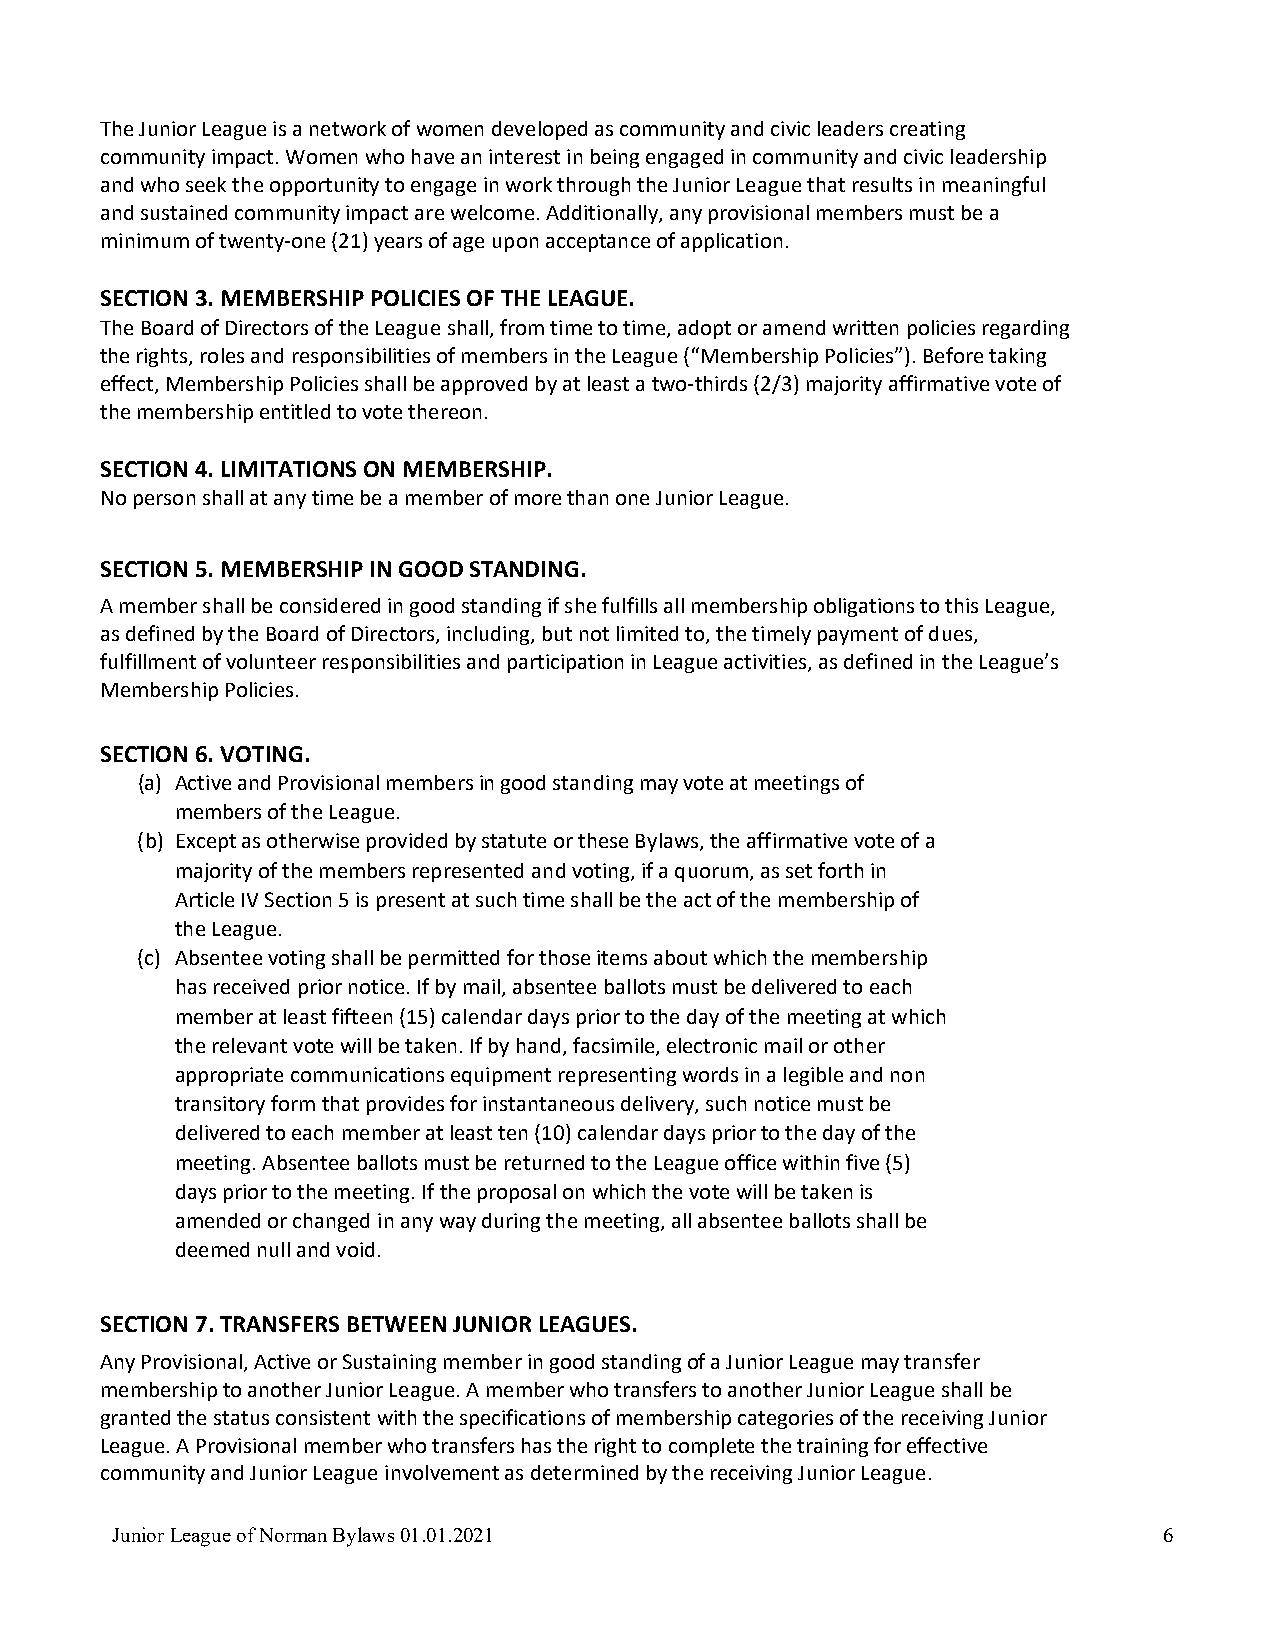
The Junior League is a network of women developed as community and civic leaders creating
 community impact. Women who have an interest in being engaged in community and civic leadership
 and who seek the opportunity to engage in work through the Junior League that results in meaningful
 and sustained community impact are welcome. Additionally, any provisional members must be a
 minimum of twenty-one (21) years of age upon acceptance of application.
 SECTION 3. MEMBERSHIP POLICIES OF THE LEAGUE.
 The Board of Directors of the League shall, from time to time, adopt or amend written policies regarding
 the rights, roles and responsibilities of members in the League (“Membership Policies”). Before taking
 effect, Membership Policies shall be approved by at least a two-thirds (2/3) majority affirmative vote of
 the membership entitled to vote thereon.
 SECTION 4. LIMITATIONS ON MEMBERSHIP.
 No person shall at any time be a member of more than one Junior League.
 SECTION 5. MEMBERSHIP IN GOOD STANDING.
 A member shall be considered in good standing if she fulfills all membership obligations to this League,
 as defined by the Board of Directors, including, but not limited to, the timely payment of dues,
 fulfillment of volunteer responsibilities and participation in League activities, as defined in the League’s
 Membership Policies.
 SECTION 6. VOTING.
 (a) Active and Provisional members in good standing may vote at meetings of
 members of the League.
 (b) Except as otherwise provided by statute or these Bylaws, the affirmative vote of a
 majority of the members represented and voting, if a quorum, as set forth in
 Article IV Section 5 is present at such time shall be the act of the membership of
 the League.
 (c) Absentee voting shall be permitted for those items about which the membership
 has received prior notice. If by mail, absentee ballots must be delivered to each
 member at least fifteen (15) calendar days prior to the day of the meeting at which
 the relevant vote will be taken. If by hand, facsimile, electronic mail or other
 appropriate communications equipment representing words in a legible and non
 transitory form that provides for instantaneous delivery, such notice must be
 delivered to each member at least ten (10) calendar days prior to the day of the
 meeting. Absentee ballots must be returned to the League office within five (5)
 days prior to the meeting. If the proposal on which the vote will be taken is
 amended or changed in any way during the meeting, all absentee ballots shall be
 deemed null and void.
 SECTION 7. TRANSFERS BETWEEN JUNIOR LEAGUES.
 Any Provisional, Active or Sustaining member in good standing of a Junior League may transfer
 membership to another Junior League. A member who transfers to another Junior League shall be
 granted the status consistent with the specifications of membership categories of the receiving Junior
 League. A Provisional member who transfers has the right to complete the training for effective
 community and Junior League involvement as determined by the receiving Junior League.
 Junior League of Norman Bylaws 01.01.2021                             6